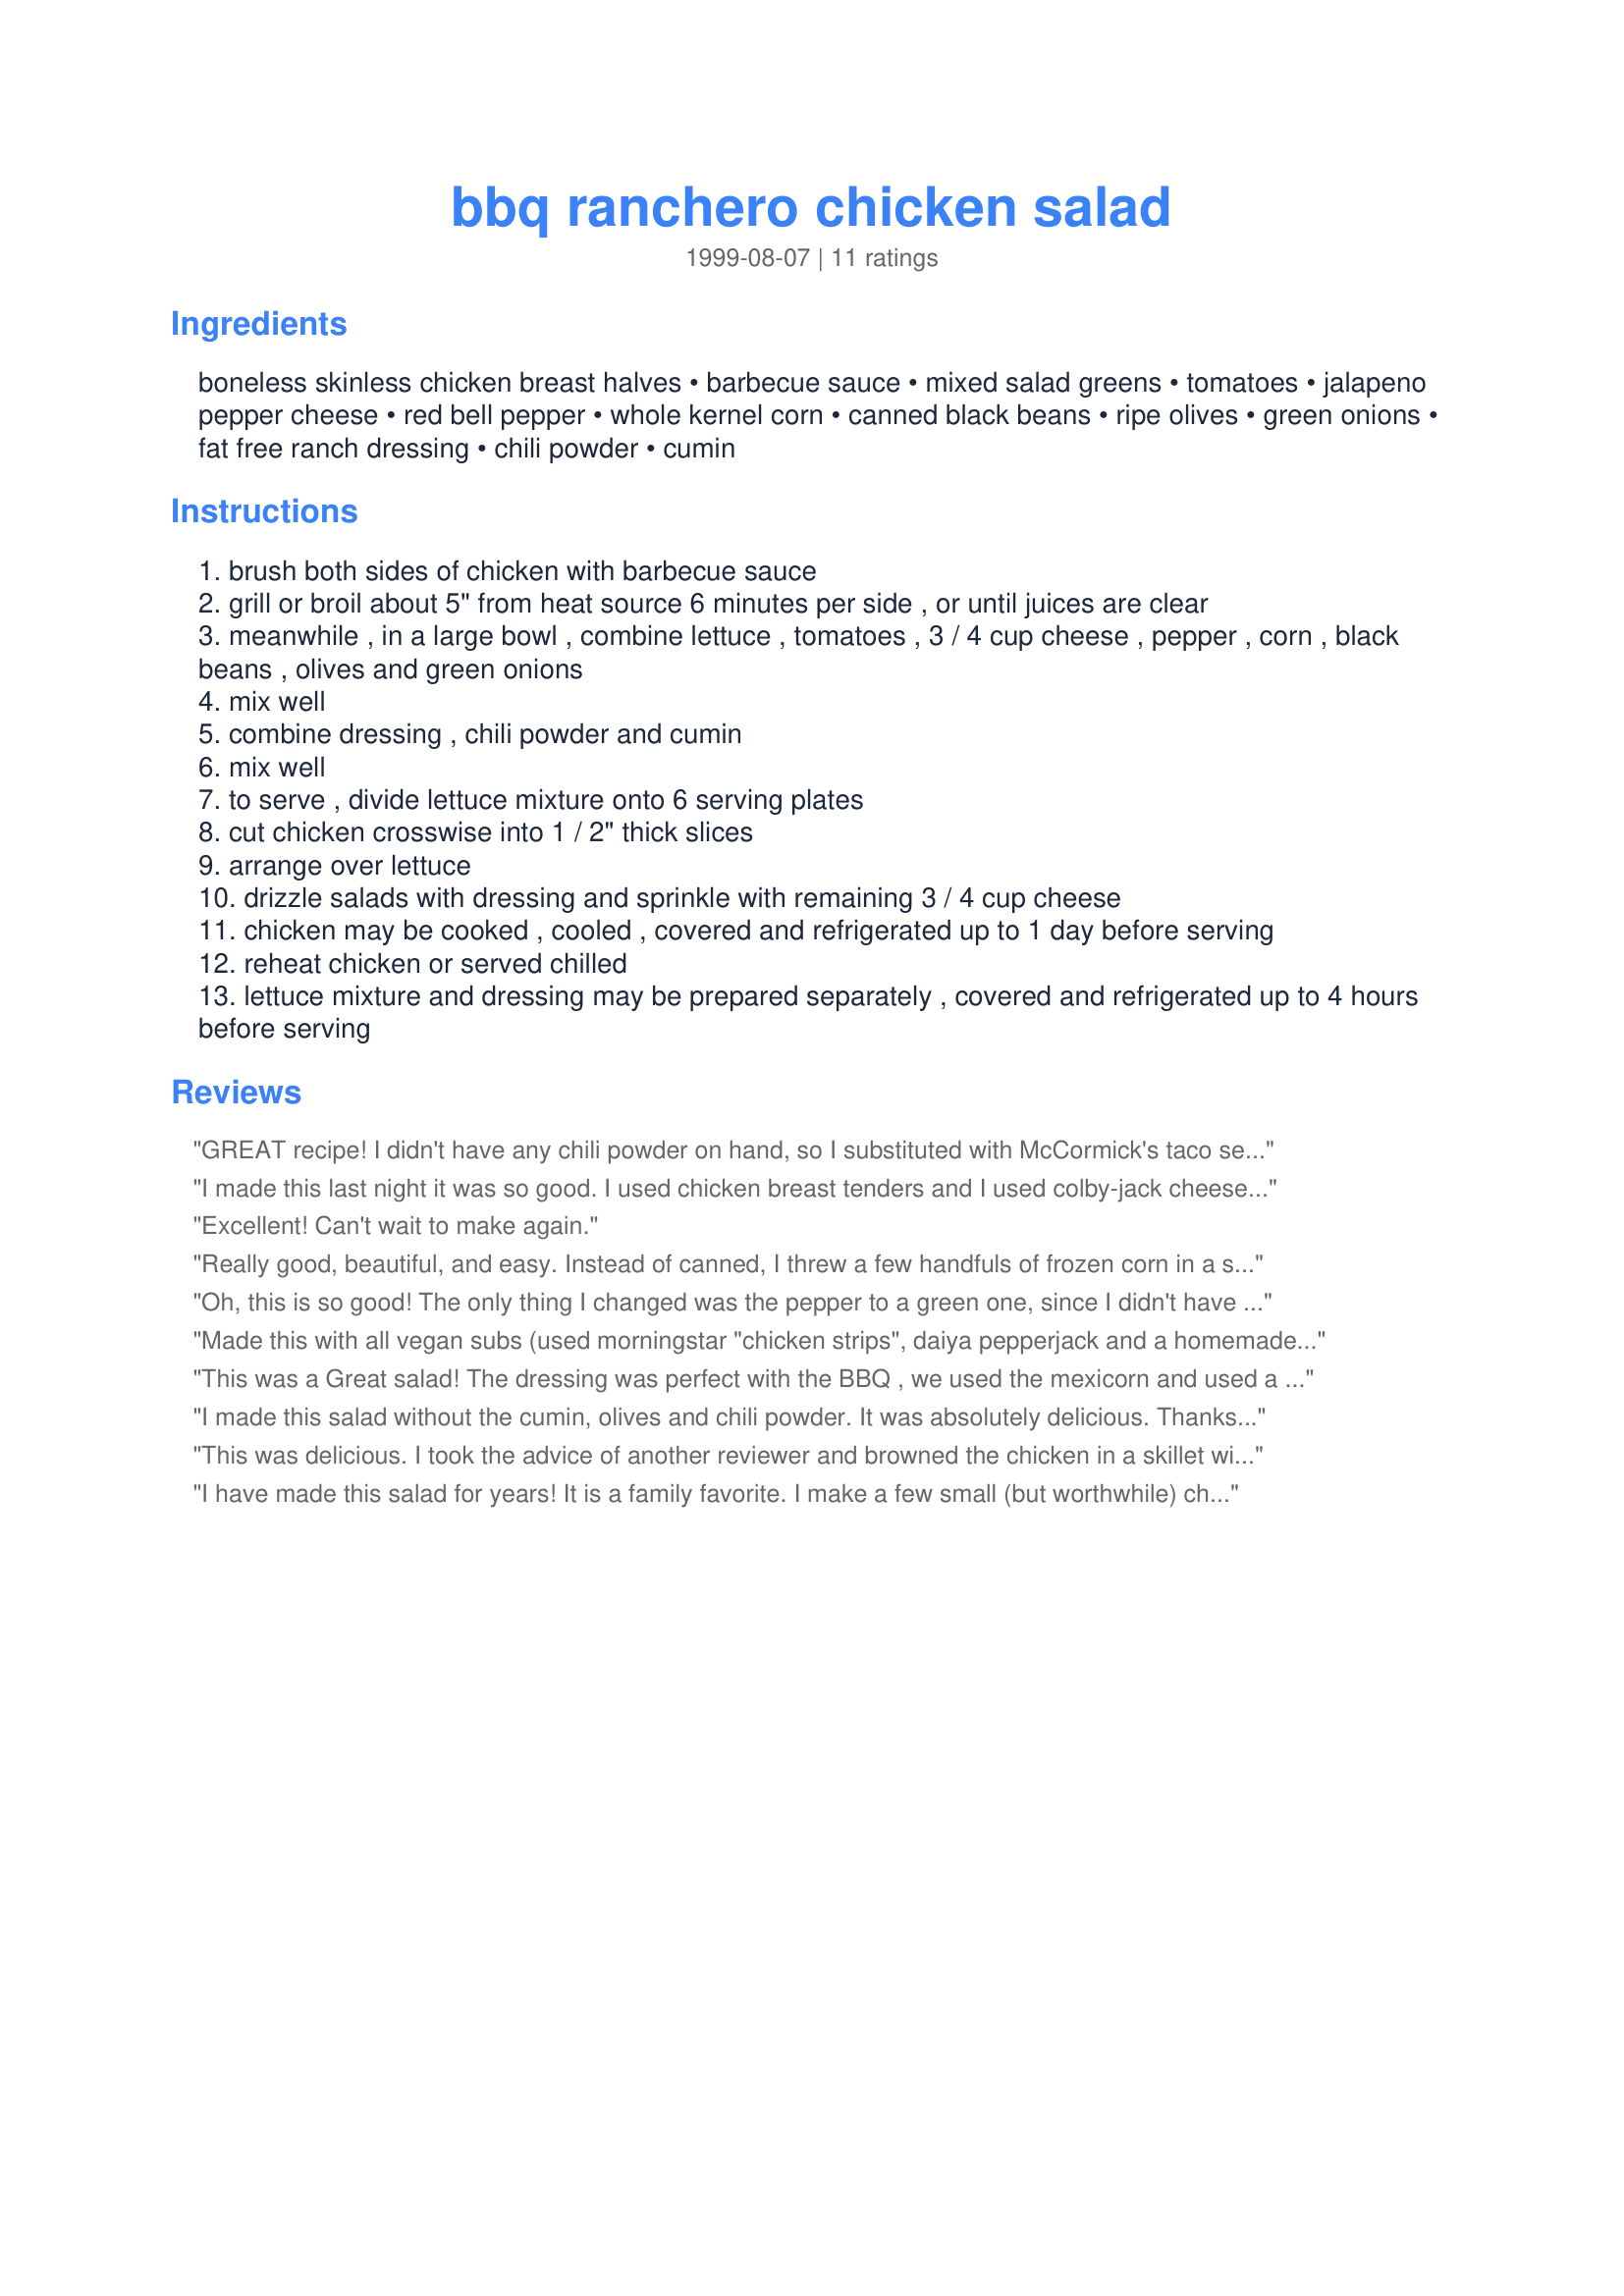
bbq ranchero chicken salad
Preparation time: 0 minutes

Ingredients:
boneless skinless chicken breast halves, barbecue sauce, mixed salad greens, tomatoes, jalapeno pepper cheese, red bell pepper, whole kernel corn, canned black beans, ripe olives, green onions, fat free ranch dressing, chili powder, cumin

Steps:
brush both sides of chicken with barbecue sauce
grill or broil about 5" from heat source 6 minutes per side , or until juices are clear
meanwhile , in a large bowl , combine lettuce , tomatoes , 3 / 4 cup cheese , pepper , corn , black beans , olives and green onions
mix well
combine dressing , chili powder and cumin
mix well
to serve , divide lettuce mixture onto 6 serving plates
cut chicken crosswise into 1 / 2" thick slices
arrange over lettuce
drizzle salads with dressing and sprinkle with remaining 3 / 4 cup cheese
chicken may be cooked , cooled , covered and refrigerated up to 1 day before serving
reheat chicken or served chilled
lettuce mixture and dressing may be prepared separately , covered and refrigerated up to 4 hours before serving

Reviews:
GREAT recipe!

I didn't have any chili powder on hand, so I substituted with McCormick's taco seasoning-- tasted great! Adds a little spiciness to the salad.
I made this last night it was so good. I used chicken breast tenders and I used colby-jack cheese I have little ones and they can't handle that cheese. I did take another reviewers advise and used a can of mexicorn and omitted the red pepper. This was so easy and so good. I loved the dressing. Thanks for a real winner Dancer!
Excellent! <br/>Can't wait to make again.
Really good, beautiful, and easy. Instead of canned, I threw a few handfuls of frozen corn in a skillet and pan-roasted it. Also used light ranch. Looking forward to leftovers for lunch tomorrow. Thanks for sharing the recipe!
Oh, this is so good! The only thing I changed was the pepper to a green one, since I didn't have a red and also omitted the jalapeno. It made a beautiful main dish salad and one I will serve often! Very filling and healthy! Thanks Dancer^!
Made this with all vegan subs (used morningstar "chicken strips", daiya pepperjack and a homemade ranch dressing from tofutti sour cream seasoning mix recipe) Really great salad! Used a brown sugar bbq sauce which was perfect! Only thing I wasn't crazy about was the chili powder/cumin added to the ranch. I thought it took away from the other flavors and was a little confusing. Just personal preference. When I made up a second salad for lunch I used plain ranch. Looks and tastes like something from a restaurant. Thanks for the recipe!.
This was a Great salad! The dressing was perfect with the BBQ , we used the mexicorn and used a mexican blend cheese instead of the jalepeno pepper cheese b/c that's what we had. I can't wait to make this again, thank you!
I made this salad without the cumin, olives and chili powder. It was absolutely delicious. Thanks for the new weeknight dinner salad idea! I roasted frozen corn in place of the canned corn
This was delicious. I took the advice of another reviewer and browned the chicken in a skillet with some butter, salt and pepper, also I used chicken thighs. Then shredded the chicken and sauteed it in the BBQ sauce. Also I added some avocado, it turned out tender and yummy!<br/>Thanks for posting, will definitely be making this again!
I have made this salad for years! It is a family favorite. I make a few small (but worthwhile) changes, first, I sautee chicken breasts in a little oil and butter, then shred or cube the meat, add the BBQ sauce, and let it simmer to absorb the flavor. Then I use Green Giant Mexicorn (with red pepper) to save time. I do not put the cheese or lettuce in the black bean/onion/tomato mixture, it just gets soggy, for each salad, I put down a layer of lettuce, then the corn/bean relish, then chicken, then dressing, and top it off with the cheese and olives. Lastly, I ALWAYS serve it in a flour tortilla shell bowl! Just place a burrito sized flour tortilla in a metal (or other oven proof) bowl of appropriate size, (prick it a few times to prevent bubbles) Or use a tortilla shell bowl form which is what I have. And bake @ 350 until brown, and crisp. (about 12 min or so) The flavor of this salad is INCREDIBLE! I just love it!
04/29/08
Just a quick update: As I said, this recipe is one my family enjoys on a regular basis, It's so pretty when served, I decided to snap a quick pic, I was lucky to get these 2 before my 17 yo son snatched this one right off the table!
This is so good, and perfect for a summer evening dinner. I poached chicken, shredded it, and then added BBQ sauce to warm through. Omitted olives due to taste preference, and used cheddar cheese as that was what was on hand. Also scaled recipe down for 4 servings. My husband loved it! Thanks!
